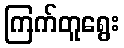
ကြက်တူရွေး